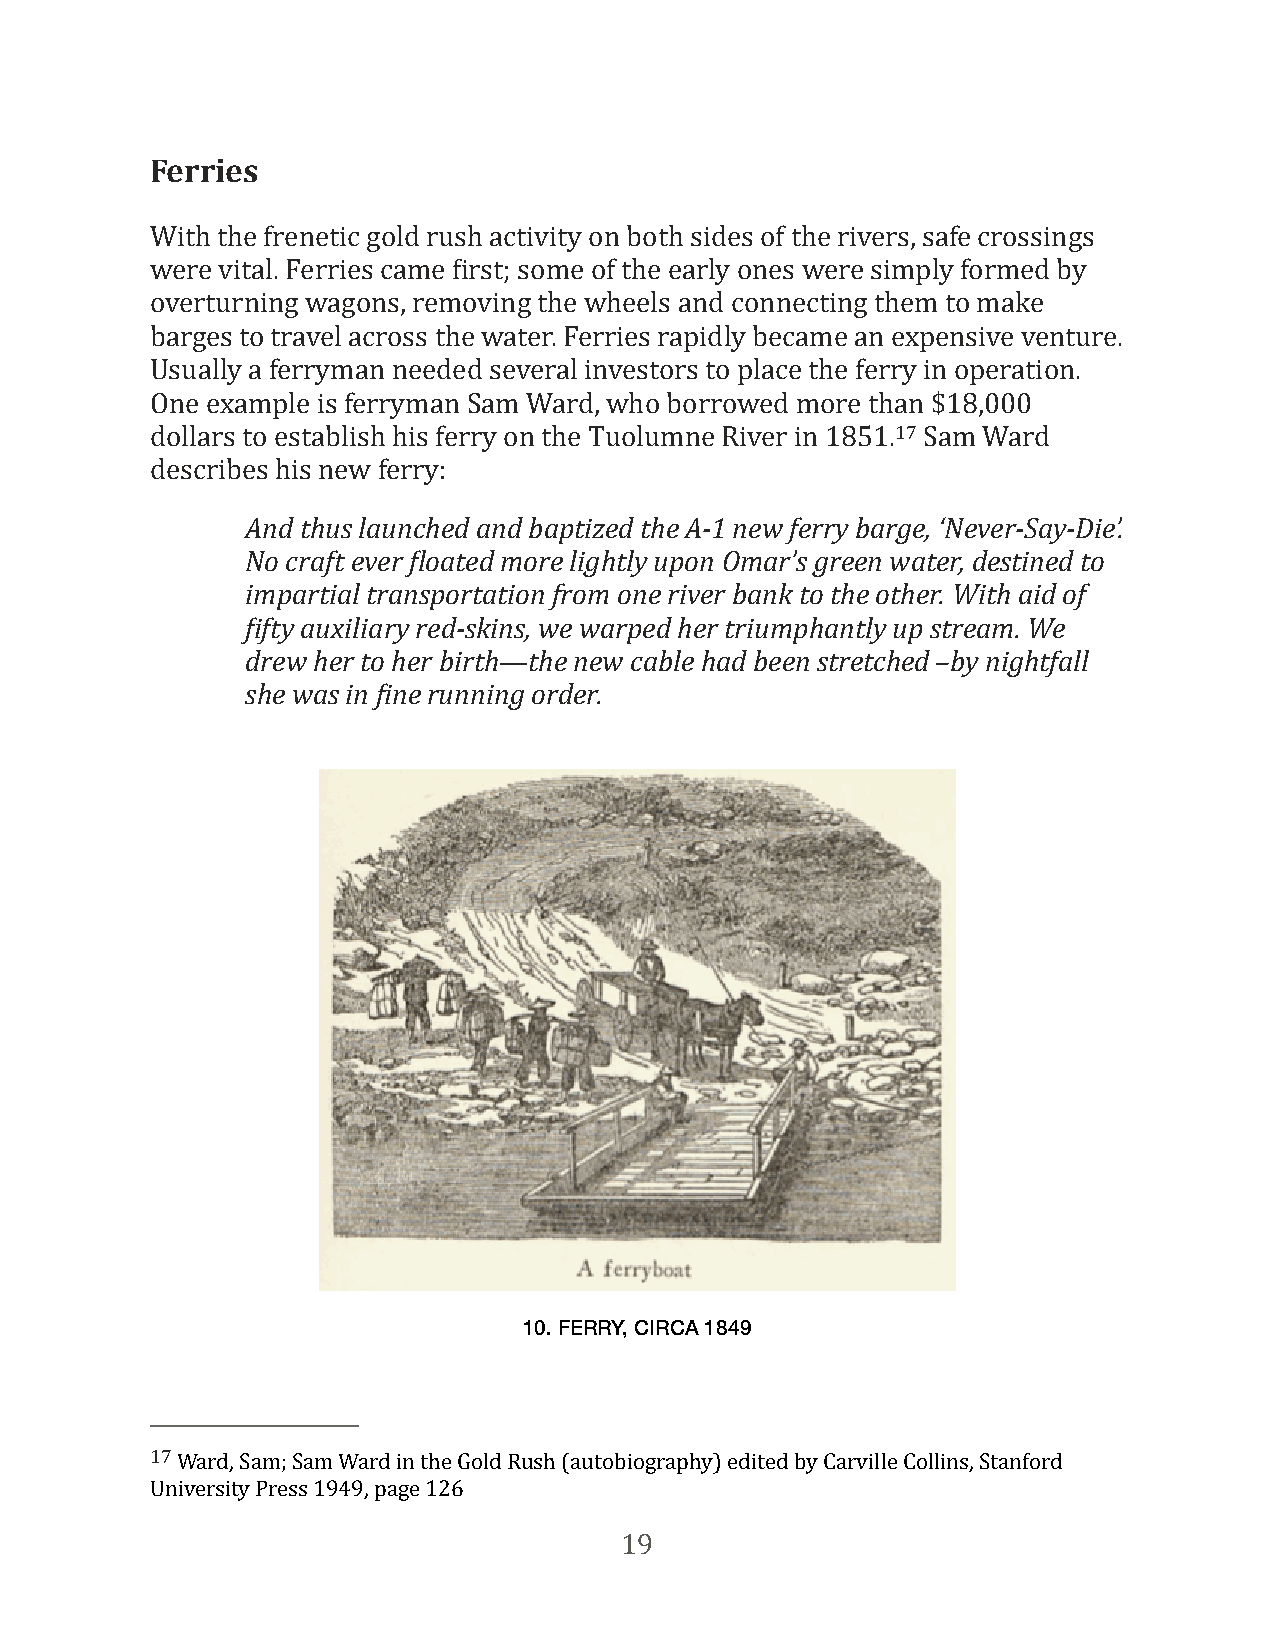
Ferries
 With the frenetic gold rush activity on both sides of the rivers, safe crossings
 were vital. Ferries came First; some of the early ones were simply formed by
 overturning wagons, removing the wheels and connecting them to make
 barges to travel across the water. Ferries rapidly became an expensive venture.
 Usually a ferryman needed several investors to place the ferry in operation.
 One example is ferryman Sam Ward, who borrowed more than $18,000
 dollars to establish his ferry on the Tuolumne River in 1851.17 Sam Ward
 describes his new ferry:
 And thus launched and baptized the A-1 new ferry barge, ‘Never-Say-Die’.
 No craft ever eloated more lightly upon Omar’s green water, destined to
 impartial transportation from one river bank to the other. With aid of
 eifty auxiliary red-skins, we warped her triumphantly up stream. We
 drew her to her birth—the new cable had been stretched –by nightfall
 she was in eine running order.
 10. FERRY, CIRCA 1849
 17 Ward, Sam; Sam Ward in the Gold Rush (autobiography) edited by Carville Collins, Stanford
 University Press 1949, page 126
 19